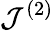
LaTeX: \mathcal{J}^{(2)}